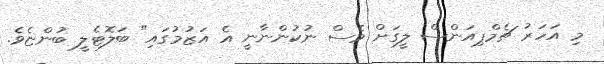
މި އަހަރު ޗެމްޕިއަންސް ލީގަށް ވެސް ނުކުންނާނީ އެ އަޒުމުގައި" ބަލޮޓެލީ ބުންޏެވެ.